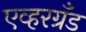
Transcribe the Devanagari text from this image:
एव्हरग्रँड